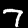
Label: 7